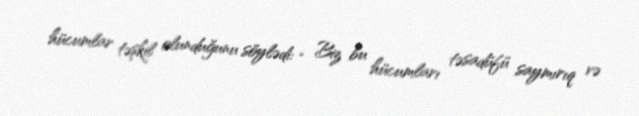
hücumlar təşkil olunduğunu söylədi: “ Biz bu hücumları təsadüfü saymırıq və